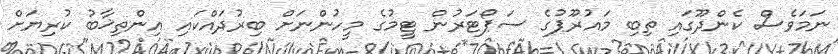
ނަމަވެސް ކެންދޫގައި ތިބި މައުރޫޕުގެ ސަޕޯޓަރުން ޓީމުގެ މީހުންނަށް ބިރުދައްކައި އިންތިޚާބު ކުރިޔަށް